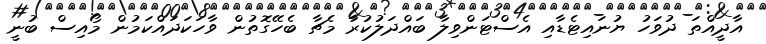
އާދީއްތަ ދުވަހު ޔުނައިޓެޑާއި އެސްޓަންވިލާ ބައްދަލުކުރާ މެޗާ ބެހޭގޮތުން ވާހަކަދައްކަމުން މޯއިސް ބުނީ